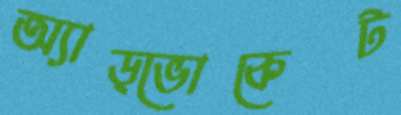
অ্যাড্‌ভোকেট